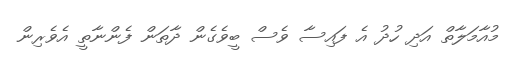
މުއާމަލާތް އަދި ހުދު އެ ފައިސާ ވެސް ބީވެގެން ދާތަން ފެންނާތީ އެވެރިން